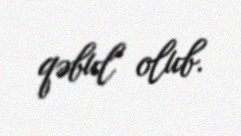
qəbul olub.